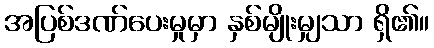
အပြစ်ဒဏ်ပေးမှုမှာ နှစ်မျိုးမျှသာ ရှိ၏။